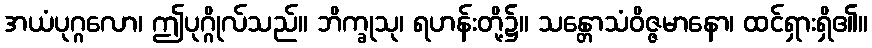
အယံပုဂ္ဂလော၊ ဤပုဂ္ဂိုလ်သည်။ ဘိက္ခုသု၊ ရဟန်းတို့၌။ သန္တောသံဝိဇ္ဇမာနော၊ ထင်ရှားရှိ၏။